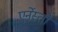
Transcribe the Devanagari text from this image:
एर्नेस्तो